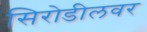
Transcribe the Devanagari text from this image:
सिरोडीलवर